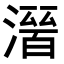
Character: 𭲒